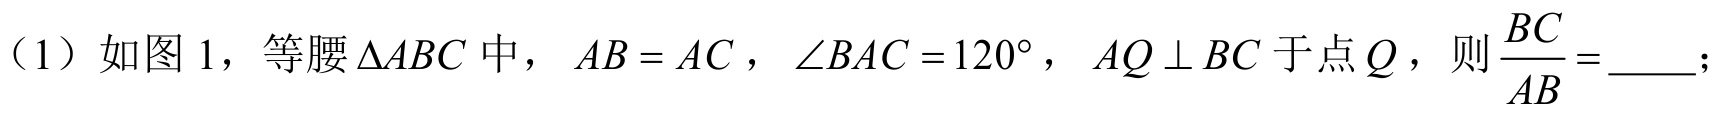
（1）如图 1，等腰$\triangle ABC$中，$AB = AC$，$\angle BAC = 120^{\circ}$，$AQ \perp BC$于点$Q$，则$\dfrac{BC}{AB} = \underline{\quad\quad}$；